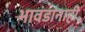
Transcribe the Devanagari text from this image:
भावंडांनाही